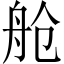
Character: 舱